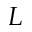
L